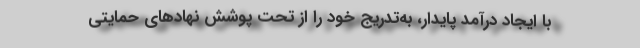
با ایجاد درآمد پایدار، به‌تدریج خود را از تحت پوشش نهادهای حمایتی